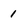
Character: 1